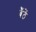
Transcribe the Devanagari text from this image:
बैंठें